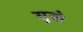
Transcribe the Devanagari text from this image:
गुसे